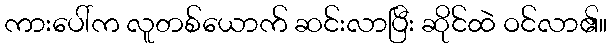
ကားပေါ်က လူတစ်ယောက် ဆင်းလာပြီး ဆိုင်ထဲ ဝင်လာ၏။